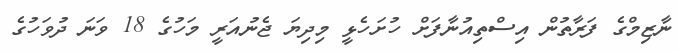
ނާޒިމްގެ ފަރާތުން އިސްތިއުނާފަށް ހުށަހެޅީ މިދިޔަ ޖެނުއަރީ މަހުގެ 18 ވަނަ ދުވަހުގެ